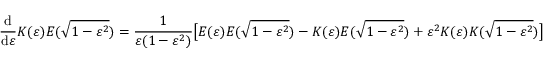
{ \frac { \mathrm { d } } { \mathrm { d } \varepsilon } } K ( \varepsilon ) E ( { \sqrt { 1 - \varepsilon ^ { 2 } } } ) = { \frac { 1 } { \varepsilon ( 1 - \varepsilon ^ { 2 } ) } } { \bigl [ } E ( \varepsilon ) E ( { \sqrt { 1 - \varepsilon ^ { 2 } } } ) - K ( \varepsilon ) E ( { \sqrt { 1 - \varepsilon ^ { 2 } } } ) + \varepsilon ^ { 2 } K ( \varepsilon ) K ( { \sqrt { 1 - \varepsilon ^ { 2 } } } ) { \bigr ] }